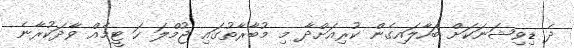
ދެ ޑިވިޝަނަކަށް ބަހާލައިގެން ކުރިއަށްދާ މި މުބާރާތުގައި ޖުމްލަ ހަ ޓީމެއް ވާދަކުރާނެ